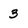
Character: 3